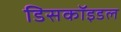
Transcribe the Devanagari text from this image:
डिसकॉइडल